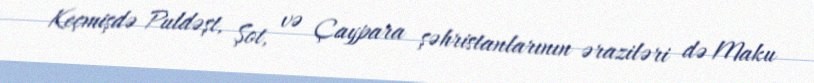
Keçmişdə Puldəşt, Şot, və Çaypara şəhristanlarının əraziləri də Maku